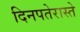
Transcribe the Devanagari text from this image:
दिनपतेरास्ते